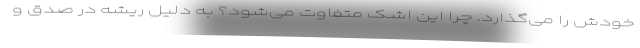
خودش را می‌گذارد. چرا این اشک متفاوت می‌شود؟ به دلیل ریشه در صدق و